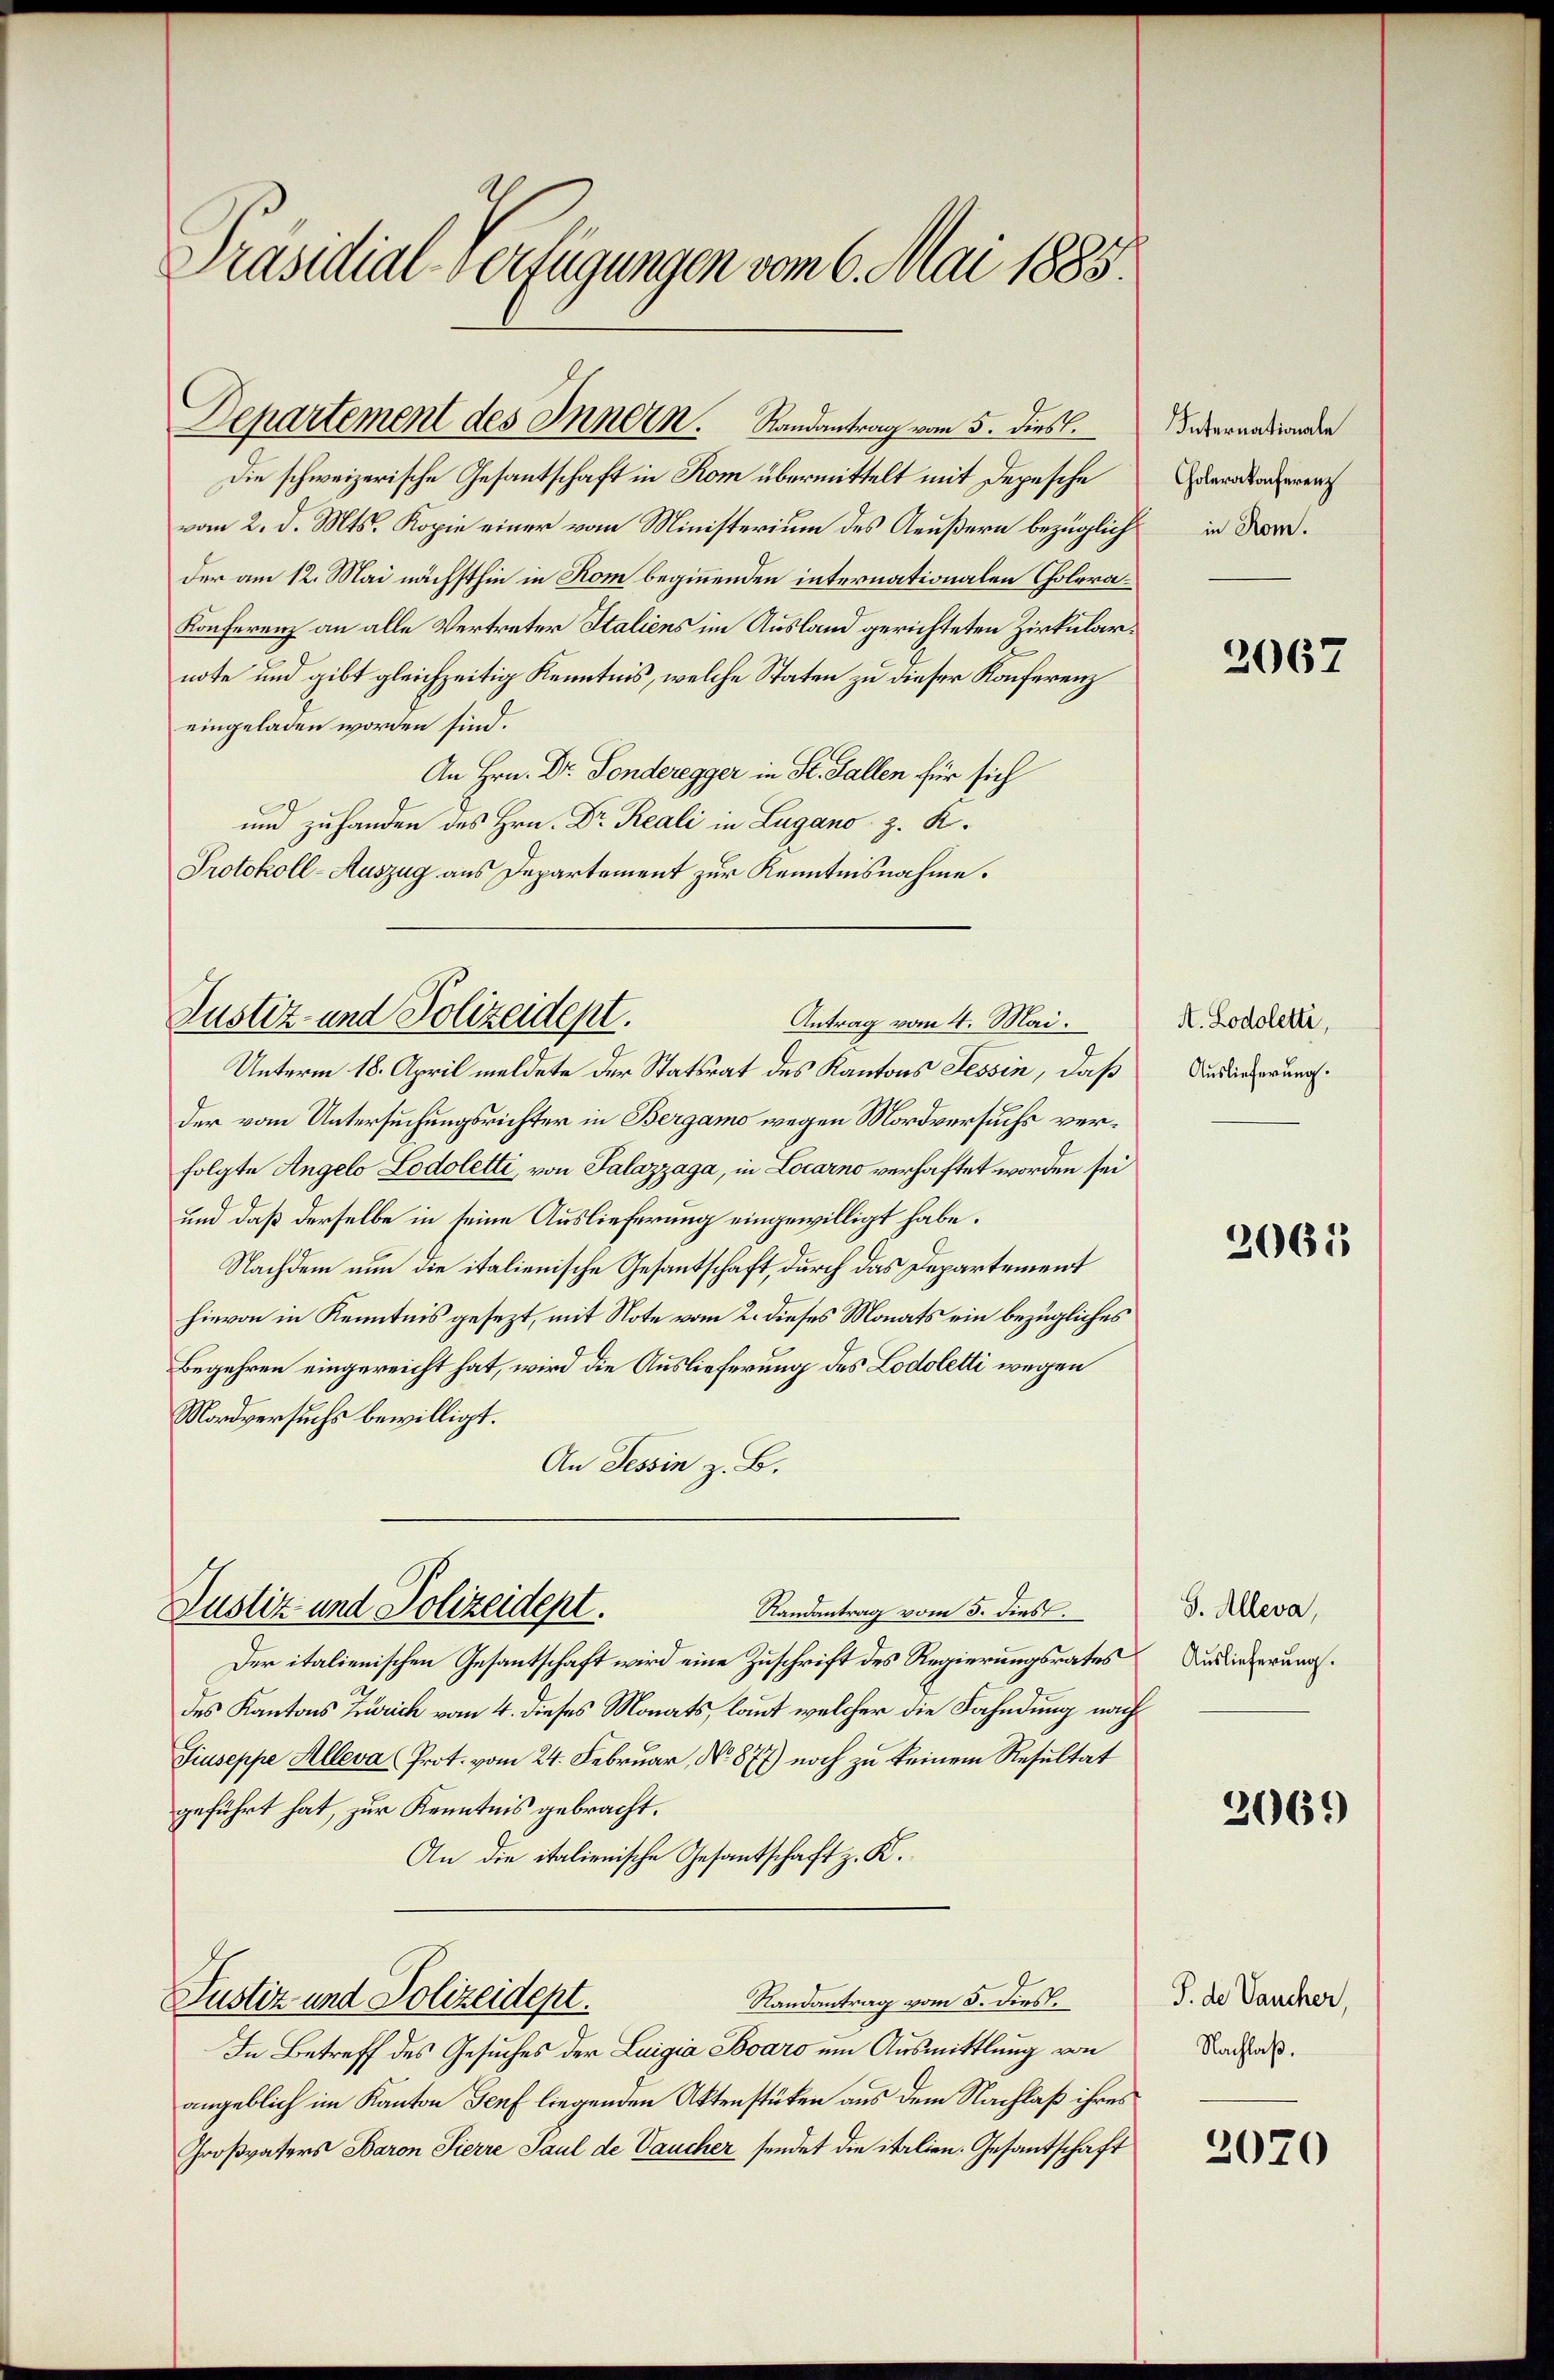
Präsidial-Verfügungen vom 6. Mai 1885.

Departement des Innern. Landantrag vom 5. dies.

Die schweizerische Gesantschaft in Rom übermittelt mit Depesche
vom 2. d. Mts. Kopie einer vom Ministerium des Aeußern bezüglich in Nordder am 12. Mai nächsthin in Rom beginnenden internationalen Cholera¬
Konferenz an alle Vertreter Italiens im Ausland gerichteten Zirkularnote und gibt gleichzeitig Kenntnis, welche Staten zu dieser Konferenz
eingeladen worden sind.
An Hrn. Dr. Fonderegger in St. Gallen für sich
und zuhanden des Hrn. Dr Reali in Lugano z. K.
Protokoll-Auszug aus Departement zur Kenntnisnahme.

Justiz- und Polizeidept.
Antrag vom 4. Mai.

Unterm 18. April meldete der Statsrat des Kantons Tessin, daß
der vom Untersuchungsrichter in Bergamo wegen Mordversuchs verfolgte Angelo Lodoletti, von Salazzaga, in Locarno verhaftet worden sei
und daß derselbe in seine Auslieferung eingewilligt habe.
Nachdem nun die italienische Gesantschaft, durch das Departement
hievon in Kenntnis gesezt, mit Note vom 2. dieses Monats ein bezügliches
Begehren eingereicht hat, wird die Auslieferung des Lodoletti wegen
Mordversuchs bewilligt.
An Tessin z. B.

Justiz- und Polizeidept.

Randantrag vom 5. dies.
Der italienischen Gesantschaft wird eine Zuschrift des Regierungsrates
des Kantons Zürich vom 4. dieses Monats, laut welcher die Fahndung nach
Giuseppe Alleva Prot. vom 24. Februar, No. 877) noch zu keinem Resultat
geführt hat, zur Kenntnis gebracht.
An die italienische Gesandtschaft z. K.
Randantrag vom 5. dies.
Justiz und Polizeidept.
In Betreff des Gesuches der Luigia Jovaro um Ausmittlung von
angeblich im Kanton Genf liegenden Aktenstüken aus dem Nachlaß ihres
Großvaters Baron Sierre Paul de Vaucher sendet die italien. Gesantschaft

Internationale
Cholerakonferenz

2067

A. Lodoletti,
Auslieferung.

2061

S. Alleva,
Auslieferung.

2069

J. de Vaucher,
Nachlaß.

2070